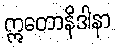
ဣတောနိဒါနာ